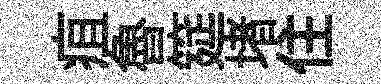
疽魯筵堵住